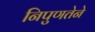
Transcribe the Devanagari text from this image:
निपुणतेने